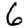
Digit: 6